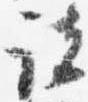
諸